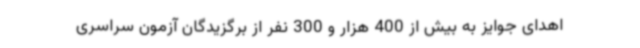
اهدای جوایز به بیش از 400 هزار و 300 نفر از برگزیدگان آزمون سراسری